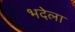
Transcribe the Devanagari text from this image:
भदेला